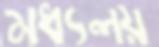
মধ্যলয়